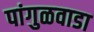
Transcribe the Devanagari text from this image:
पांगुळवाडा